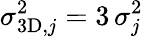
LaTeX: \sigma_{\mathrm{3D},j}^{2}=3\, \sigma_{j}^{2}